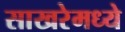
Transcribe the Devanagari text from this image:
साखरेमध्ये